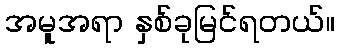
အမူအရာ နှစ်ခုမြင်ရတယ်။